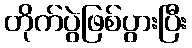
တိုက်ပွဲဖြစ်ပွားပြီး